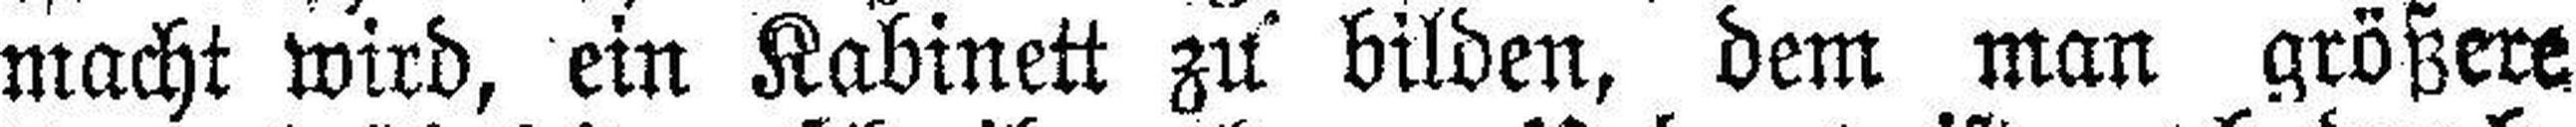
macht wird, ein Kabinett zu bilden, dem man größere